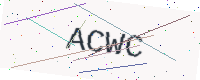
Text: ACWC